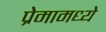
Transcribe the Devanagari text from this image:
प्रेमामध्ये